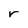
Character: r